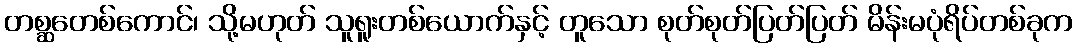
တစ္ဆတေစ်ကောင်၊ သို့မဟုတ် သူရူးတစ်ယောက်နှင့် တူသော စုတ်စုတ်ပြတ်ပြတ် မိန်းမပုံရိပ်တစ်ခုက